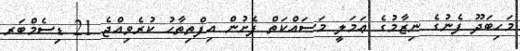
މަހިބަދޫ ފެނުގެ ނިޒާމުގެ ޢަމަލީ މަސައްކަތް ފެށުން އިފްތިތާޙު ކުރެވިއްޖެ 21 ޑިސެމްބަރ